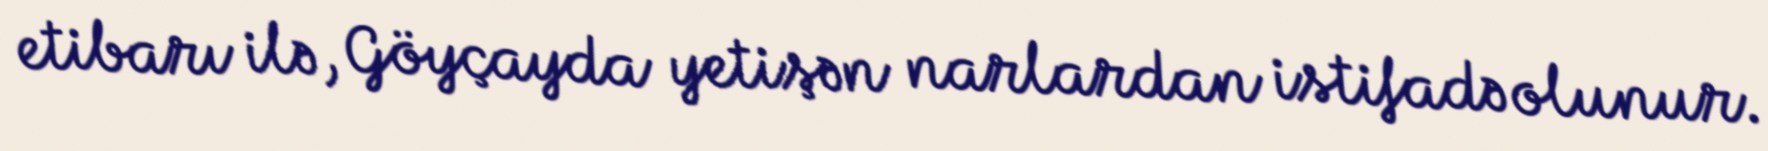
etibarı ilə, Göyçayda yetişən narlardan istifadə olunur.